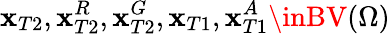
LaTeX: \mathbf{x}_{T2},\mathbf{x}_{T2}^{R},\mathbf{x}_{T2}^{G},\mathbf{x}_{T1},\mathbf{x}_{T1}^{A}\inBV(\Omega)